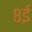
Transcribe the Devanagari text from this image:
८ई